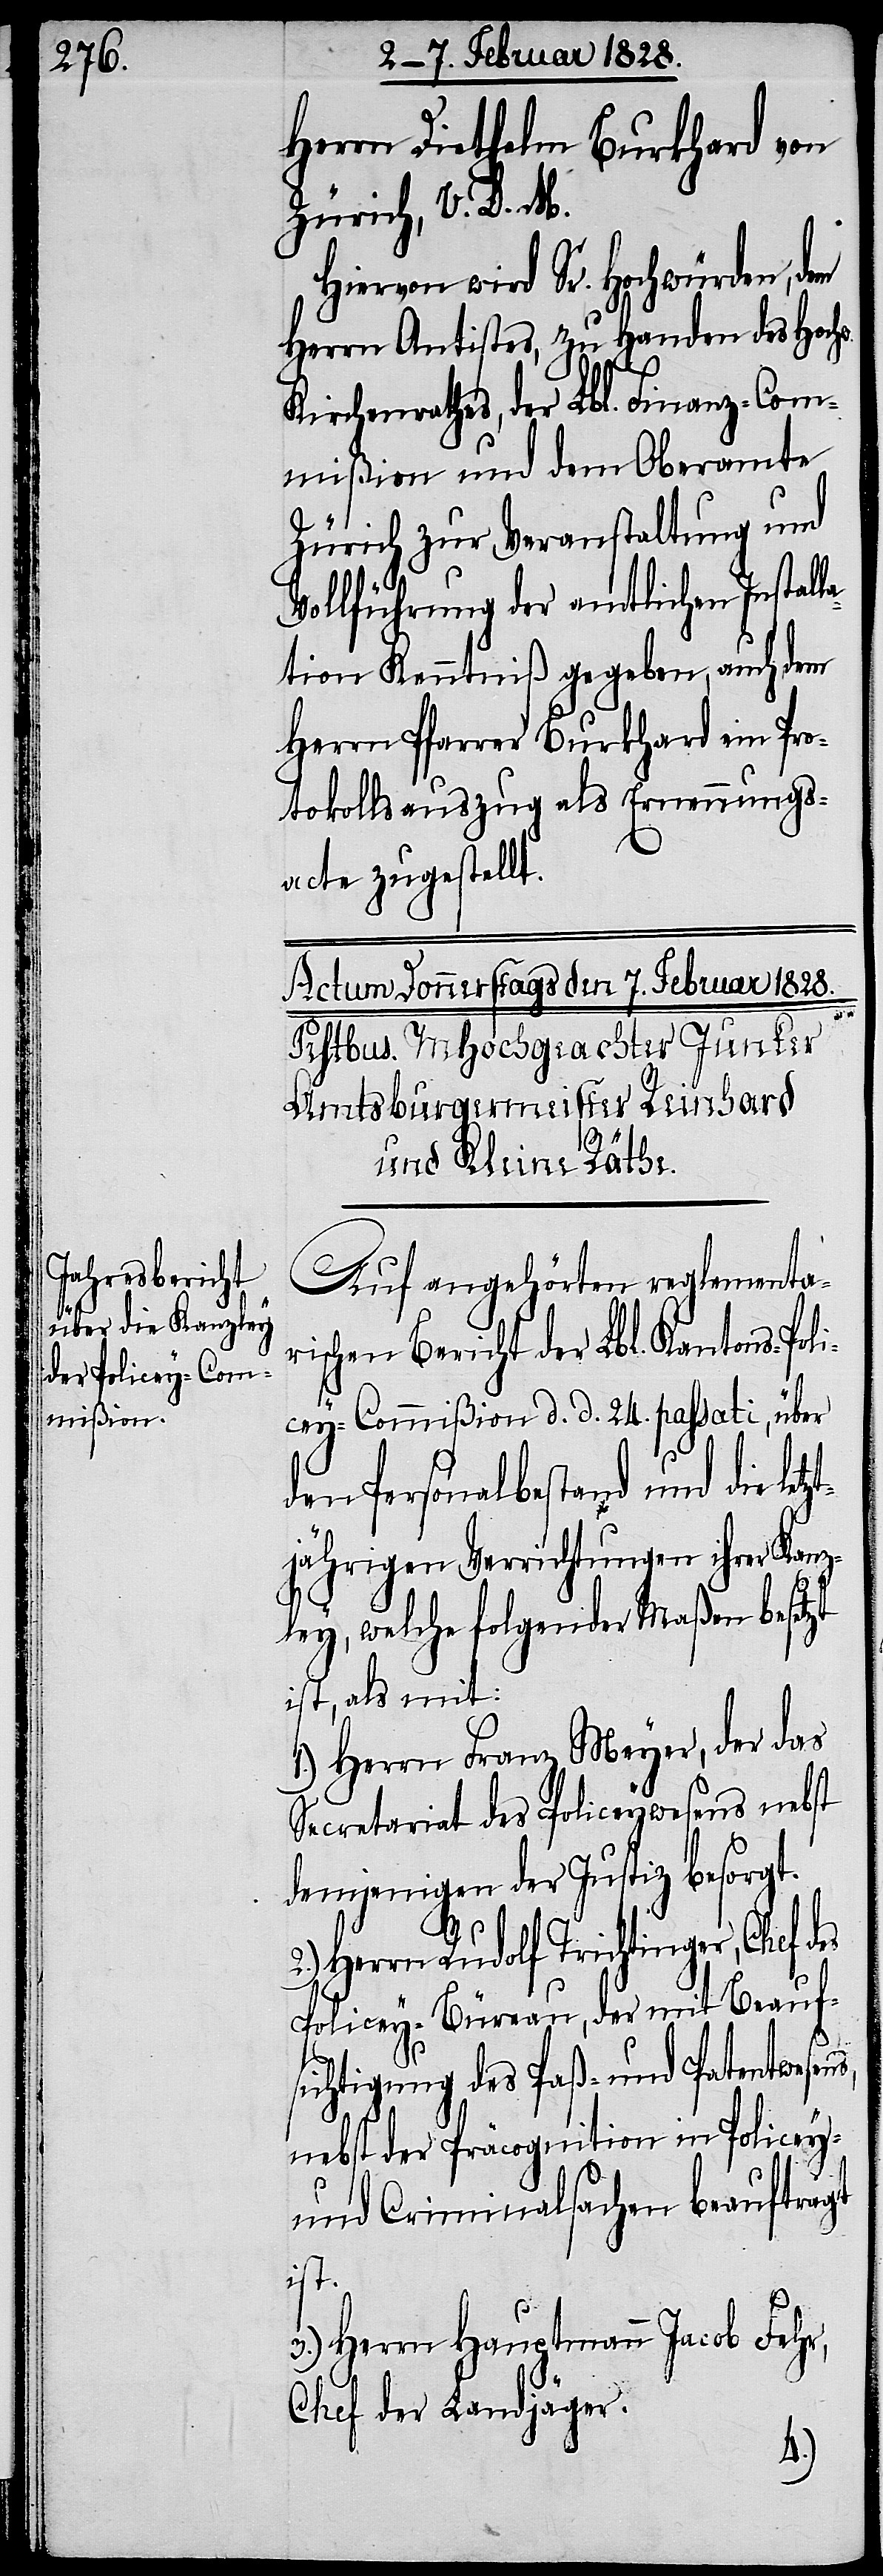
Herrn Diethelm Burkhard von
Zürich, V. D. M.
Hiervon wird Sr. Horchwürden, dem
Herrn Antistes, zu Handen des Hochw.
la¬
Kirchenrathes, der Lbl. Finanz-Com¬
mißion und dem Oberamte
Zürich zur Veranstaltung und
Vollführung der amtlichen Instal¬
tion Kenntniß gegeben, auch dem
Herrn Pfarrer Burkhard ein Pro¬
tokollsauszug als Ernennungs¬
acte zugestellt.
Auf angehörten reglementa¬
rischen Bericht der Lbl. Kantons-Poli¬
cey-Commißion d. d. 24. passati, über
den Personalbestand und die letz¬
tjährigen Verrichtungen ihrer Kanz¬
s,
ley, welche folgender Maßen besetzt
ist, als mit:
1.) Herrn Franz Meyer, der das
Secretariat des Policeywesens nebst
demjenigen der Justiz besorgt.
2.) Herrn Rudolf Trichtinger, Chef des
Policey-Büreau, der mit Beauf¬
sichtigung des Paß- und Patentwesen¬
nebst der Präcognition in Policey-
und Criminalsachen beauftragt
ist.
3.) Herrn Hauptmann Jacob Fehr,
Chef der Landjäger.